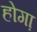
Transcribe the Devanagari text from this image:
होगा़